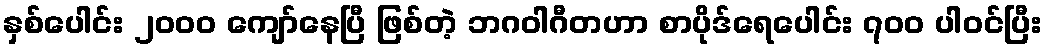
နှစ်ပေါင်း ၂၀၀၀ ကျော်နေပြီ ဖြစ်တဲ့ ဘဂဝါဂီတဟာ စာပိုဒ်ရေပေါင်း ၇၀၀ ပါဝင်ပြီး